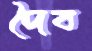
দৈব